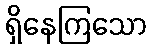
ရှိနေကြသော